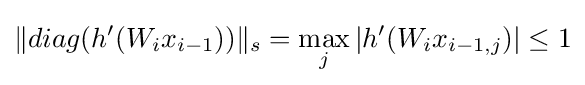
\|diag(h'(W_{i}x_{i-1}))\|_{s}=\max _{j}|h'(W_{i}x_{i-1,j})|\leq 1